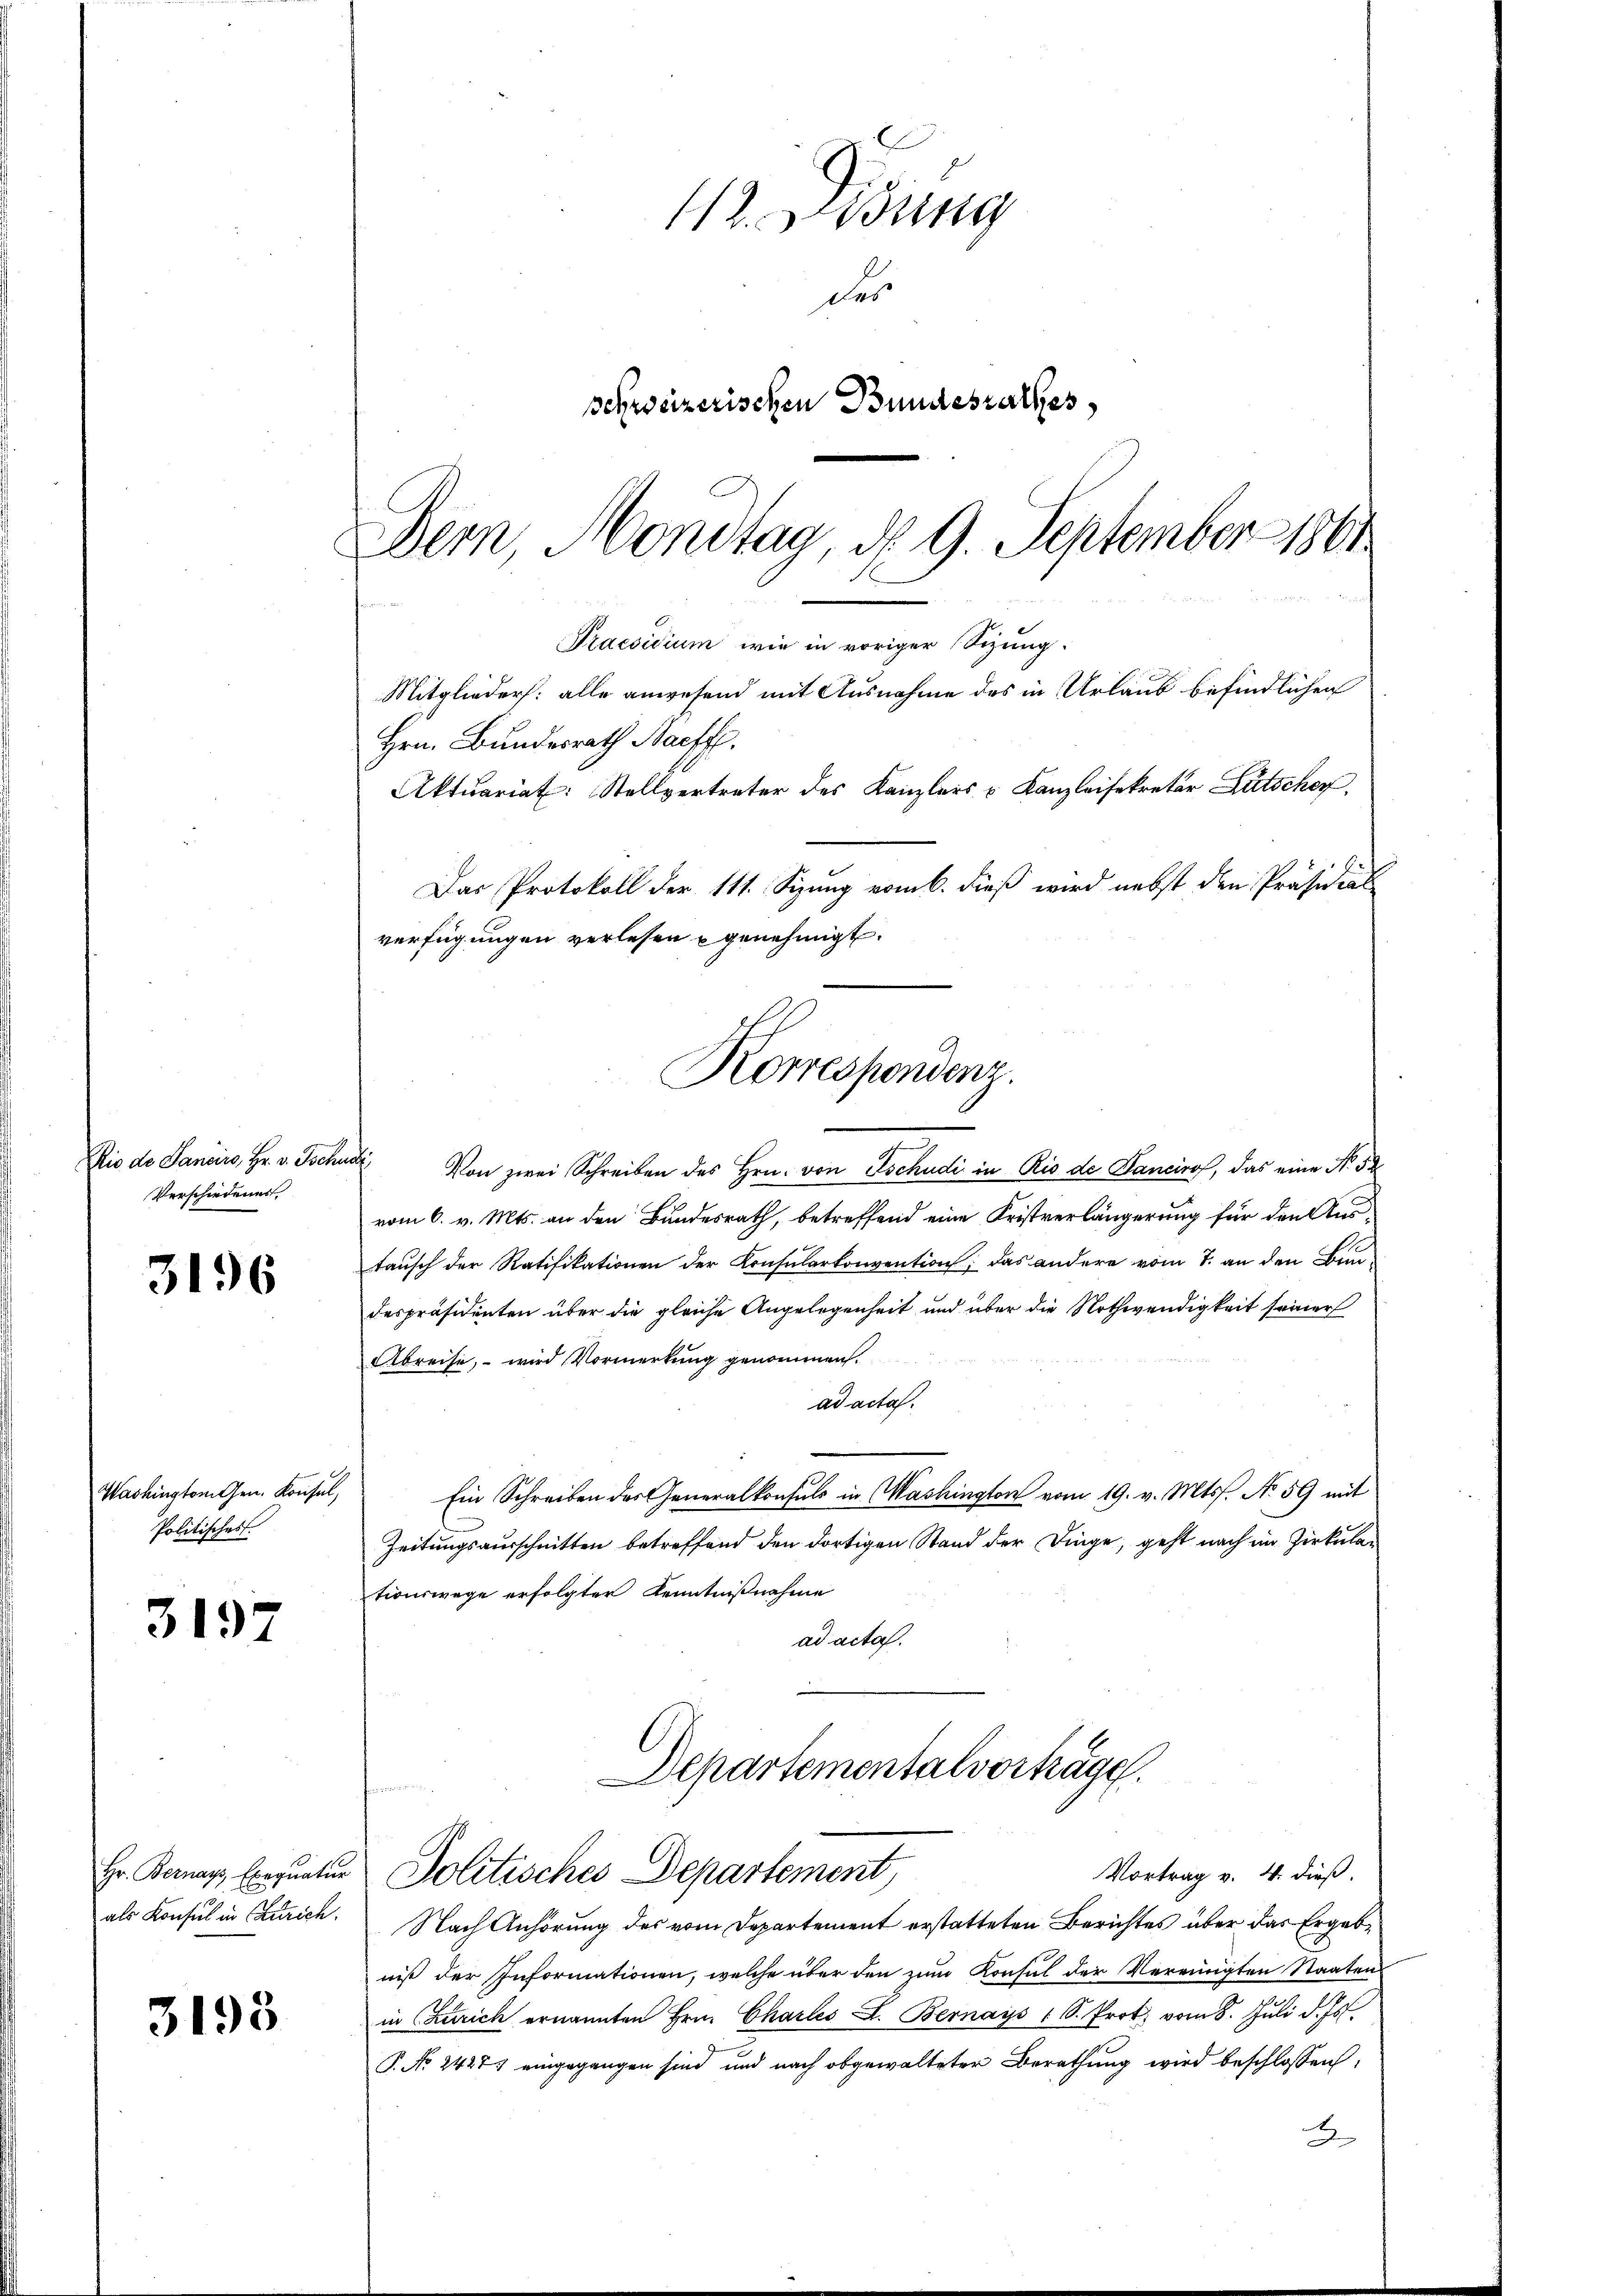
Rio de Sancirs, Hr. v. Tschudi
Verschiedenes

3196

Washingtonten. Konsul,
Politisches.

3197

3195

1. ung
des
schweizerischen Bundesrathes,
Dern, Mondtag, d. 9. September 1861
Praesidium wie in voriger Sizung.

Hr. Bernays, Exequatur
als Konsul in Zürich.

Mitglieder: alle anwesend mit Ausnahme des in Urlaub befindlichen
Hrn. Bundesrath Bacff.

Von zwei Schreiben des Hrn. von Tschudi in Rio de Bancirof, das eine No 52
vom 6. v. Mts. an den Bundesrath, betreffend eine Kristverlängerung für den Austausch der Ratifikationen der Konsularkonvention; das andere vom 7. an den Bundespräsidenten über die gleiche Angelegenheit und über die Nothwendigkeit seiner
Abreise, – wird Vormerkung genommen.
ad acta.
Ein Schreiben des Generalkonsuls in Washington vom 19. v. Mts. No 59 mit
Zeitungsausschnitten betreffend den dortigen Stand der Dinge, geht nach im Zirkulationswege erfolgter Kenntnißnahme
ad acta.

Aktuariat: Stellvertreter des Kanzlers u Kanzleisekretär Lütscher
Das Protokoll der 111. Sizung vom 6. dieß wird nebst den Präsidial
verfügungen verlesen genehmigt.

Korrespondenz.

Departementalvertage.
Politisches Departement,

Vortrag v. 4. dieß.
Nach Anhörung des vom Departement erstatteten Berichtes über das Ergebe
niß der Informationen, welche über den zum Konsul der Vereinigten Staaten
in Zürich ernannten Hrn. Charles L. Bernays 1 S. Prot. vom 8. Jŭli d. Js.
P. Nr. 2427 eingegangen sind und nach abgewalteter Berathung wird beschlossen,
2